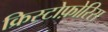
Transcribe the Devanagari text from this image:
क्रिस्टोफ़ोरिस